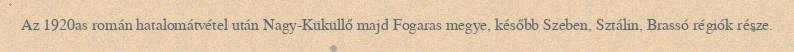
Az 1920as román hatalomátvétel után Nagy-Küküllő majd Fogaras megye, később Szeben, Sztálin, Brassó régiók része.